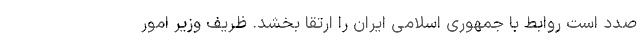
صدد است روابط با جمهوری اسلامی ایران را ارتقا بخشد. ظریف وزیر امور